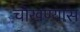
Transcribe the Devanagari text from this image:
चोखण्यास